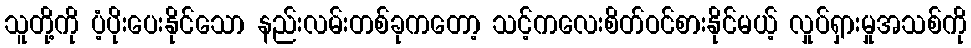
သူတို့ကို ပံ့ပိုးပေးနိုင်သော နည်းလမ်းတစ်ခုကတော့ သင့်ကလေးစိတ်ဝင်စားနိုင်မယ့် လှုပ်ရှားမှုအသစ်ကို